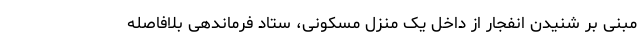
مبنی بر شنیدن انفجار از داخل یک منزل مسکونی، ستاد فرماندهی بلافاصله